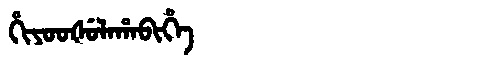
Manchu: ᡥᡳᠶᠣᠣᡧᡠᠯᠠᡥᠠᠪᡳᡥᡝ
Romanization: HIYOOŠULAHABIHE